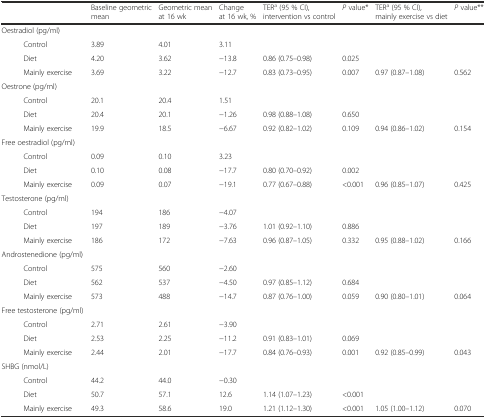
<table><thead><tr><td colspan="2"></td><td><b>Baseline geometric mean</b></td><td><b>Geometric mean at 16 wk</b></td><td><b>Change at 16 wk, %</b></td><td><b>TER<sup>a</sup> (95 % CI), intervention vs control</b></td><td><b><i>P</i> value*</b></td><td><b>TER<sup>a</sup> (95 % CI), mainly exercise vs diet</b></td><td><b><i>P</i> value**</b></td></tr></thead><tbody><tr><td colspan="2">Oestradiol (pg/ml)</td><td></td><td></td><td></td><td></td><td></td><td></td><td></td></tr><tr><td></td><td>Control</td><td>3.89</td><td>4.01</td><td>3.11</td><td></td><td></td><td></td><td></td></tr><tr><td></td><td>Diet</td><td>4.20</td><td>3.62</td><td>−13.8</td><td>0.86 (0.75–0.98)</td><td>0.025</td><td></td><td></td></tr><tr><td></td><td>Mainly exercise</td><td>3.69</td><td>3.22</td><td>−12.7</td><td>0.83 (0.73–0.95)</td><td>0.007</td><td>0.97 (0.87–1.08)</td><td>0.562</td></tr><tr><td colspan="2">Oestrone (pg/ml)</td><td></td><td></td><td></td><td></td><td></td><td></td><td></td></tr><tr><td></td><td>Control</td><td>20.1</td><td>20.4</td><td>1.51</td><td></td><td></td><td></td><td></td></tr><tr><td></td><td>Diet</td><td>20.4</td><td>20.1</td><td>−1.26</td><td>0.98 (0.88–1.08)</td><td>0.650</td><td></td><td></td></tr><tr><td></td><td>Mainly exercise</td><td>19.9</td><td>18.5</td><td>−6.67</td><td>0.92 (0.82–1.02)</td><td>0.109</td><td>0.94 (0.86–1.02)</td><td>0.154</td></tr><tr><td colspan="2">Free oestradiol (pg/ml)</td><td></td><td></td><td></td><td></td><td></td><td></td><td></td></tr><tr><td></td><td>Control</td><td>0.09</td><td>0.10</td><td>3.23</td><td></td><td></td><td></td><td></td></tr><tr><td></td><td>Diet</td><td>0.10</td><td>0.08</td><td>−17.7</td><td>0.80 (0.70–0.92)</td><td>0.002</td><td></td><td></td></tr><tr><td></td><td>Mainly exercise</td><td>0.09</td><td>0.07</td><td>−19.1</td><td>0.77 (0.67–0.88)</td><td>&lt;0.001</td><td>0.96 (0.85–1.07)</td><td>0.425</td></tr><tr><td colspan="2">Testosterone (pg/ml)</td><td></td><td></td><td></td><td></td><td></td><td></td><td></td></tr><tr><td></td><td>Control</td><td>194</td><td>186</td><td>−4.07</td><td></td><td></td><td></td><td></td></tr><tr><td></td><td>Diet</td><td>197</td><td>189</td><td>−3.76</td><td>1.01 (0.92–1.10)</td><td>0.886</td><td></td><td></td></tr><tr><td></td><td>Mainly exercise</td><td>186</td><td>172</td><td>−7.63</td><td>0.96 (0.87–1.05)</td><td>0.332</td><td>0.95 (0.88–1.02)</td><td>0.166</td></tr><tr><td colspan="2">Androstenedione (pg/ml)</td><td></td><td></td><td></td><td></td><td></td><td></td><td></td></tr><tr><td></td><td>Control</td><td>575</td><td>560</td><td>−2.60</td><td></td><td></td><td></td><td></td></tr><tr><td></td><td>Diet</td><td>562</td><td>537</td><td>−4.50</td><td>0.97 (0.85–1.12)</td><td>0.684</td><td></td><td></td></tr><tr><td></td><td>Mainly exercise</td><td>573</td><td>488</td><td>−14.7</td><td>0.87 (0.76–1.00)</td><td>0.059</td><td>0.90 (0.80–1.01)</td><td>0.064</td></tr><tr><td colspan="2">Free testosterone (pg/ml)</td><td></td><td></td><td></td><td></td><td></td><td></td><td></td></tr><tr><td></td><td>Control</td><td>2.71</td><td>2.61</td><td>−3.90</td><td></td><td></td><td></td><td></td></tr><tr><td></td><td>Diet</td><td>2.53</td><td>2.25</td><td>−11.2</td><td>0.91 (0.83–1.01)</td><td>0.069</td><td></td><td></td></tr><tr><td></td><td>Mainly exercise</td><td>2.44</td><td>2.01</td><td>−17.7</td><td>0.84 (0.76–0.93)</td><td>0.001</td><td>0.92 (0.85–0.99)</td><td>0.043</td></tr><tr><td colspan="2">SHBG (nmol/L)</td><td></td><td></td><td></td><td></td><td></td><td></td><td></td></tr><tr><td></td><td>Control</td><td>44.2</td><td>44.0</td><td>−0.30</td><td></td><td></td><td></td><td></td></tr><tr><td></td><td>Diet</td><td>50.7</td><td>57.1</td><td>12.6</td><td>1.14 (1.07–1.23)</td><td>&lt;0.001</td><td></td><td></td></tr><tr><td></td><td>Mainly exercise</td><td>49.3</td><td>58.6</td><td>19.0</td><td>1.21 (1.12–1.30)</td><td>&lt;0.001</td><td>1.05 (1.00–1.12)</td><td>0.070</td></tr></tbody></table>